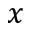
x